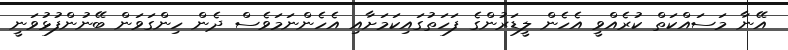
އޭނާ މަސައްކަތް ކުރެއްވީ އެހެން ލީޑަރުންގެ ފަހަތުގައިކަމަށާއި އެހެންނަމަވެސް ދެން ހިންގަވަން ބޭނުންފުޅުވަނީ